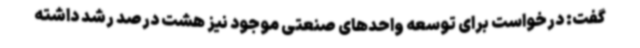
گفت: درخواست برای توسعه واحدهای صنعتی موجود نیز هشت درصد رشد داشته